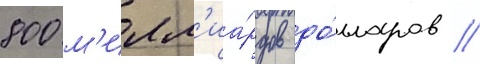
800 м'илл'иа́рдов до́лларов /